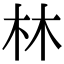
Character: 林